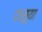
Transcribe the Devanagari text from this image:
दासूया